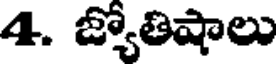
4. జ్యోతిషాలు